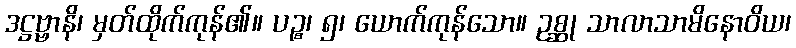
ဒဋ္ဌဗ္ဗာနိ၊ မှတ်ထိုက်ကုန်၏။ ပဉ္စ၊ ၅၊ ယောက်ကုန်သော။ ဥစ္ဆု သာလာသာမိနောဝိယ၊